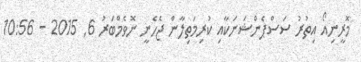
މޮރީނިއޯ އިތުރު ސަސްޕެންޝަނަކާއި ކުރިމަތިލާން ޖެހެނީ ނޮވެމްބަރު 6